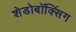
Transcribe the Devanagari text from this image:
शेडोबॉक्सिंग